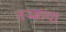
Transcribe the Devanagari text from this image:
तज्ज्ञाचा